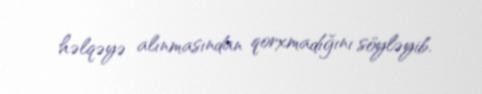
həlqəyə alınmasından qorxmadığını söyləyib.